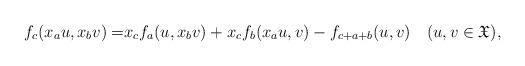
LaTeX: \begin{align*}f_{c}(x_{a}u,x_{b}v)= & x_{c}f_{a}(u,x_{b}v)+x_{c}f_{b}(x_{a}u,v)-f_{c+a+b}(u,v)\quad(u,v\in\mathfrak{X}),\end{align*}